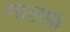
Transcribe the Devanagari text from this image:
गालफ़